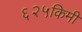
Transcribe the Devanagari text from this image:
६२५किमी